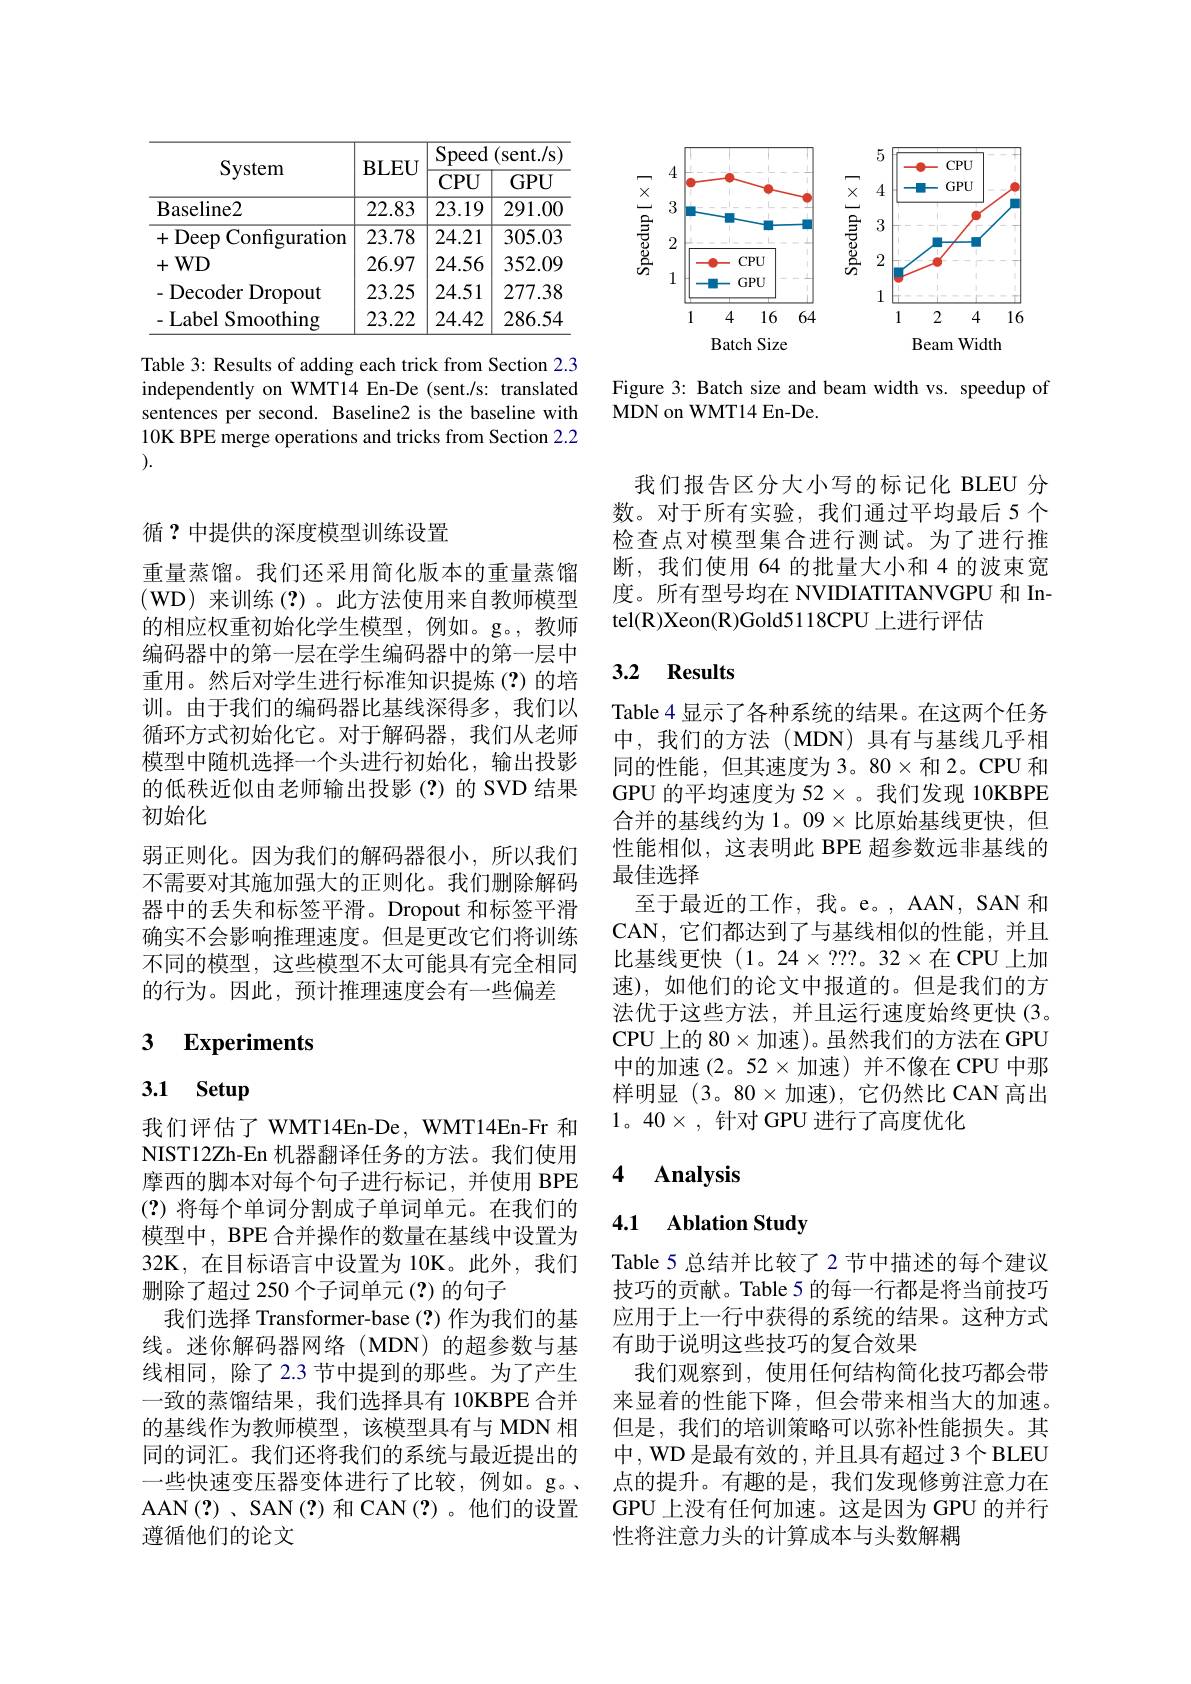
<table>
	<tbody>
		<tr>
			<th> </th>
			<th>TTTT N</th>
			<th>$\overline{\mathrm{Speed}}$</th>
			<th>(sent./s)</th>
		</tr>
		<tr>
			<th>System</th>
			<th>$\mathbf{BLEU}$</th>
			<th>$\underline{\text{Speed}}$ CPU</th>
			<th>(sent./s) $GPU$</th>
		</tr>
		<tr>
			<th>oystem</th>
			<th>$\mathbf{BLEU}$</th>
			<th>CPU</th>
			<th>$GPU$</th>
		</tr>
		<tr>
			<td>Baseline2</td>
			<td>22.83</td>
			<td>23.19</td>
			<td>291.00</td>
		</tr>
		<tr>
			<td>+Deep Configuration</td>
			<td>23.78</td>
			<td>24.21</td>
			<td>305.03</td>
		</tr>
		<tr>
			<td>$WD$ +</td>
			<td>26.97</td>
			<td>24.56</td>
			<td>352.09</td>
		</tr>
		<tr>
			<td>Decoder Dropout</td>
			<td>23.25</td>
			<td>24.51</td>
			<td>277.38</td>
		</tr>
		<tr>
			<td>$\cdot$Label Smoothing</td>
			<td>23.22</td>
			<td>24.42</td>
			<td>286.54</td>
		</tr>
	</tbody>
</table>

Table 3: Results of adding each trick from Section 2.3 independently on WMT14 En-De (sent./s: translated sentences per second. Baseline2 is the baseline with 10K BPE merge operations and tricks from Section 2.2 ).

<FigureHere>

Figure 3: Batch size and beam width vs. speedup of
MDN on WMT14 En-De.

循？中提供的深度模型训练设置

重量蒸馏。我们还采用简化版本的重量蒸馏(WD)来训练(?)。此方法使用来自教师模型的相应权重初始化学生模型，例如。g。,教师编码器中的第一层在学生编码器中的第一层中重用。然后对学生进行标准知识提炼(?)的培训。由于我们的编码器比基线深得多，我们以循环方式初始化它。对于解码器，我们从老师模型中随机选择一个头进行初始化，输出投影的低秩近似由老师输出投影(?)的 SVD 结果初始化
弱正则化。因为我们的解码器很小，所以我们不需要对其施加强大的正则化。我们删除解码器中的丢失和标签平滑。Dropout 和标签平滑确实不会影响推理速度。但是更改它们将训练不同的模型，这些模型不太可能具有完全相同的行为。因此，预计推理速度会有一些偏差

## 3 Experiments

# 3.1 Setup

我们评估了 WMT14En-De, WMT14En-Fr 和NIST12Zh-En 机器翻译任务的方法。我们使用摩西的脚本对每个句子进行标记，并使用 BPE (?)将每个单词分割成子单词单元。在我们的模型中，BPE 合并操作的数量在基线中设置为32K,在目标语言中设置为 10K。此外，我们删除了超过 250 个子词单元 (?) 的句子
我们选择 Transformer-base(?) 作为我们的基线。迷你解码器网络(MDN)的超参数与基线相同，除了2.3 节中提到的那些。为了产生一致的蒸馏结果，我们选择具有 10KBPE 合并的基线作为教师模型，该模型具有与 MDN 相同的词汇。我们还将我们的系统与最近提出的一些快速变压器变体进行了比较，例如。g。AAN(?)、SAN(?)和CAN(?)。他们的设置遵循他们的论文

我们报告区分大小写的标记化 BLEU 分数。对于所有实验，我们通过平均最后 5 个检查点对模型集合进行测试。为了进行推断，我们使用 64 的批量大小和 4 的波束宽度。所有型号均在 NVIDIATITANVGPU 和 Intel(R)Xeon(R)Gold5118CPU 上进行评估

## 3.2 Results

Table 4 显示了各种系统的结果。在这两个任务中，我们的方法(MDN)具有与基线几乎相同的性能，但其速度为 3。80×和 2。CPU 和GPU 的平均速度为 52$\times$。我们发现 10KBPE 合并的基线约为 1。09$\times$比原始基线更快，但性能相似，这表明此 BPE 超参数远非基线的最佳选择
至于最近的工作，我。e。, AAN, SAN 和CAN, 它们都达到了与基线相似的性能，并且比基线更快 $(1。24\times???$。32$\times$在 CPU 上加速),如他们的论文中报道的。但是我们的方法优于这些方法，并且运行速度始终更快(3。CPU 上的 80$\times$加速)。虽然我们的方法在 GPU 中的加速(2。52×加速)并不像在 CPU 中那样明显(3。$80\times$加速),它仍然比 CAN 高出$1。40\times$,针对 GPU 进行了高度优化

### $\textbf{4}$ $\textbf{Analvsis}$

### 4.1 Ablation Study

Table 5 总结并比较了 2 节中描述的每个建议技巧的贡献。Table 5 的每一行都是将当前技巧应用于上一行中获得的系统的结果。这种方式有助于说明这些技巧的复合效果
我们观察到，使用任何结构简化技巧都会带来显着的性能下降，但会带来相当大的加速。但是，我们的培训策略可以弥补性能损失。其中，WD 是最有效的，并且具有超过 3 个 BLEU 点的提升。有趣的是，我们发现修剪注意力在GPU 上没有任何加速。这是因为 GPU 的并行性将注意力头的计算成本与头数解耦